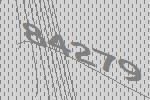
84279